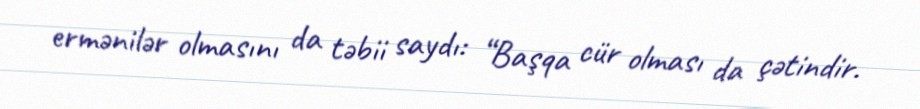
ermənilər olmasını da təbii saydı: “Başqa cür olması da çətindir.